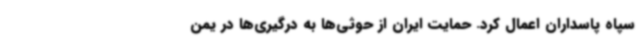
سپاه پاسداران اعمال کرد. حمایت ایران از حوثی‌ها به درگیری‌ها در یمن